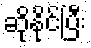
ဆိုနိုင်ပြီး